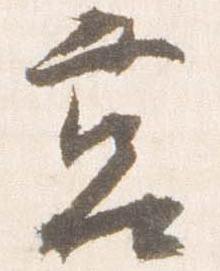
筥